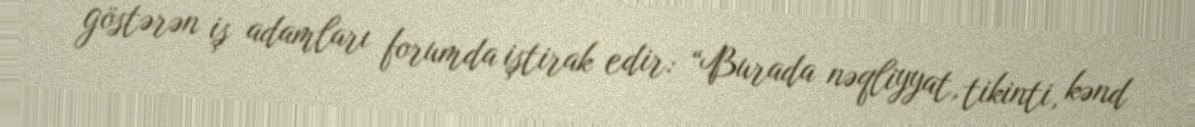
göstərən iş adamları forumda iştirak edir: “Burada nəqliyyat, tikinti, kənd